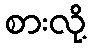
စားလို့